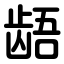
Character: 龉